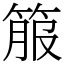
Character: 箙